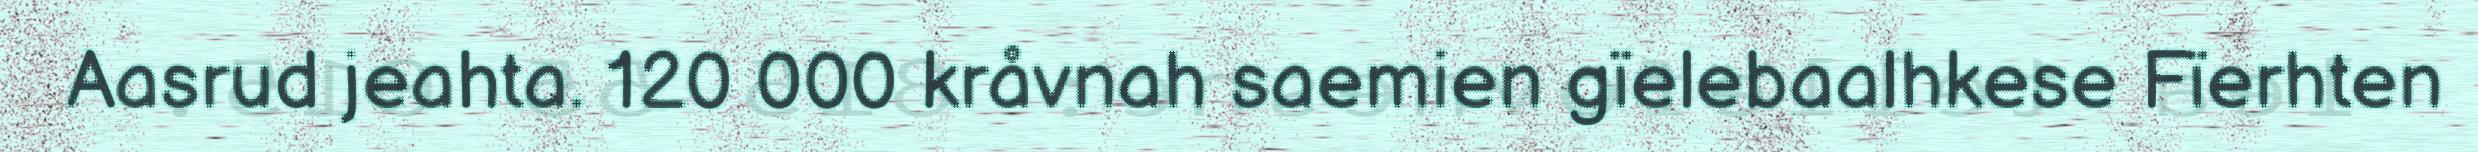
Aasrud jeahta. 120 000 kråvnah saemien gïelebaalhkese Fïerhten